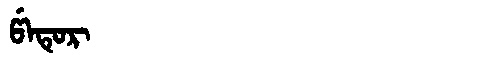
Manchu: ᡦᡝᡨᡠᡵ
Romanization: PETUR